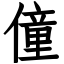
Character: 僮